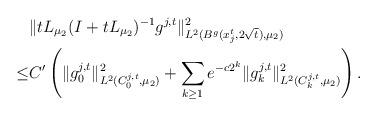
LaTeX: \begin{align*}&\|tL_{\mu_2}(I+tL_{\mu_2})^{-1}g^{j,t}\|^2_{L^2(B^g(x^t_j,2 \sqrt{t}), \mu_2) }\\\leq&C' \left( \|g_0^{j,t}\|^2_{L^2(C^{j,t}_0, \mu_2) } +\sum_{k\geq 1} e^{-c 2^k} \|g_k^{j,t}\|^2_{L^2(C^{j,t}_k, \mu_2) } \right).\\\end{align*}